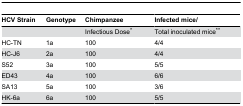
<table><thead><tr><td><b>HCV Strain</b></td><td><b>Genotype</b></td><td><b>Chimpanzee</b></td><td><b>Infected mice/</b></td></tr></thead><tbody><tr><td></td><td></td><td>Infectious Dose*</td><td>Total inoculated mice**</td></tr><tr><td>HC-TN</td><td>1a</td><td>100</td><td>4/4</td></tr><tr><td>HC-J6</td><td>2a</td><td>100</td><td>4/4</td></tr><tr><td>S52</td><td>3a</td><td>100</td><td>5/5</td></tr><tr><td>ED43</td><td>4a</td><td>100</td><td>6/6</td></tr><tr><td>SA13</td><td>5a</td><td>100</td><td>3/6</td></tr><tr><td>HK-6a</td><td>6a</td><td>100</td><td>5/5</td></tr></tbody></table>